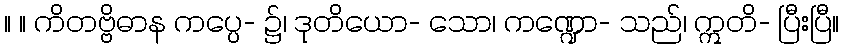
။ ။ ကိတဗ္ဗိဓာန ကပ္ပေ- ၌၊ ဒုတိယော- သော၊ ကဏ္ဍော- သည်၊ ဣတိ- ပြီးပြီ။